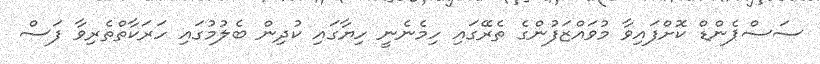
ސަސްޕެންޑް ކޮށްފައިވާ މުވައްޒަފުންގެ ތެރޭގައި ހިމެނެނީ ހިޔާގައި ކުދިން ބެލުމުގައި ހަރަކާތްތެރިވާ ފަސް